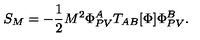
S _ { M } = - \frac { 1 } { 2 } M ^ { 2 } \Phi _ { P V } ^ { A } T _ { A B } [ \Phi ] \Phi _ { P V } ^ { B } .